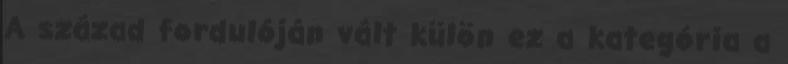
A század fordulóján vált külön ez a kategória a